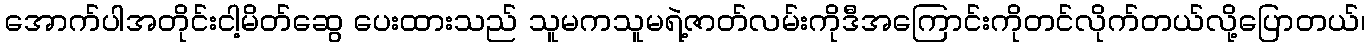
အောက်ပါအတိုင်းငါ့မိတ်ဆွေ ပေးထားသည် သူမကသူမရဲ့ဇာတ်လမ်းကိုဒီအကြောင်းကိုတင်လိုက်တယ်လို့ပြောတယ်၊